38_143685_box7_Incident_Summaries_1-100
Agency: Department of War
Page 114
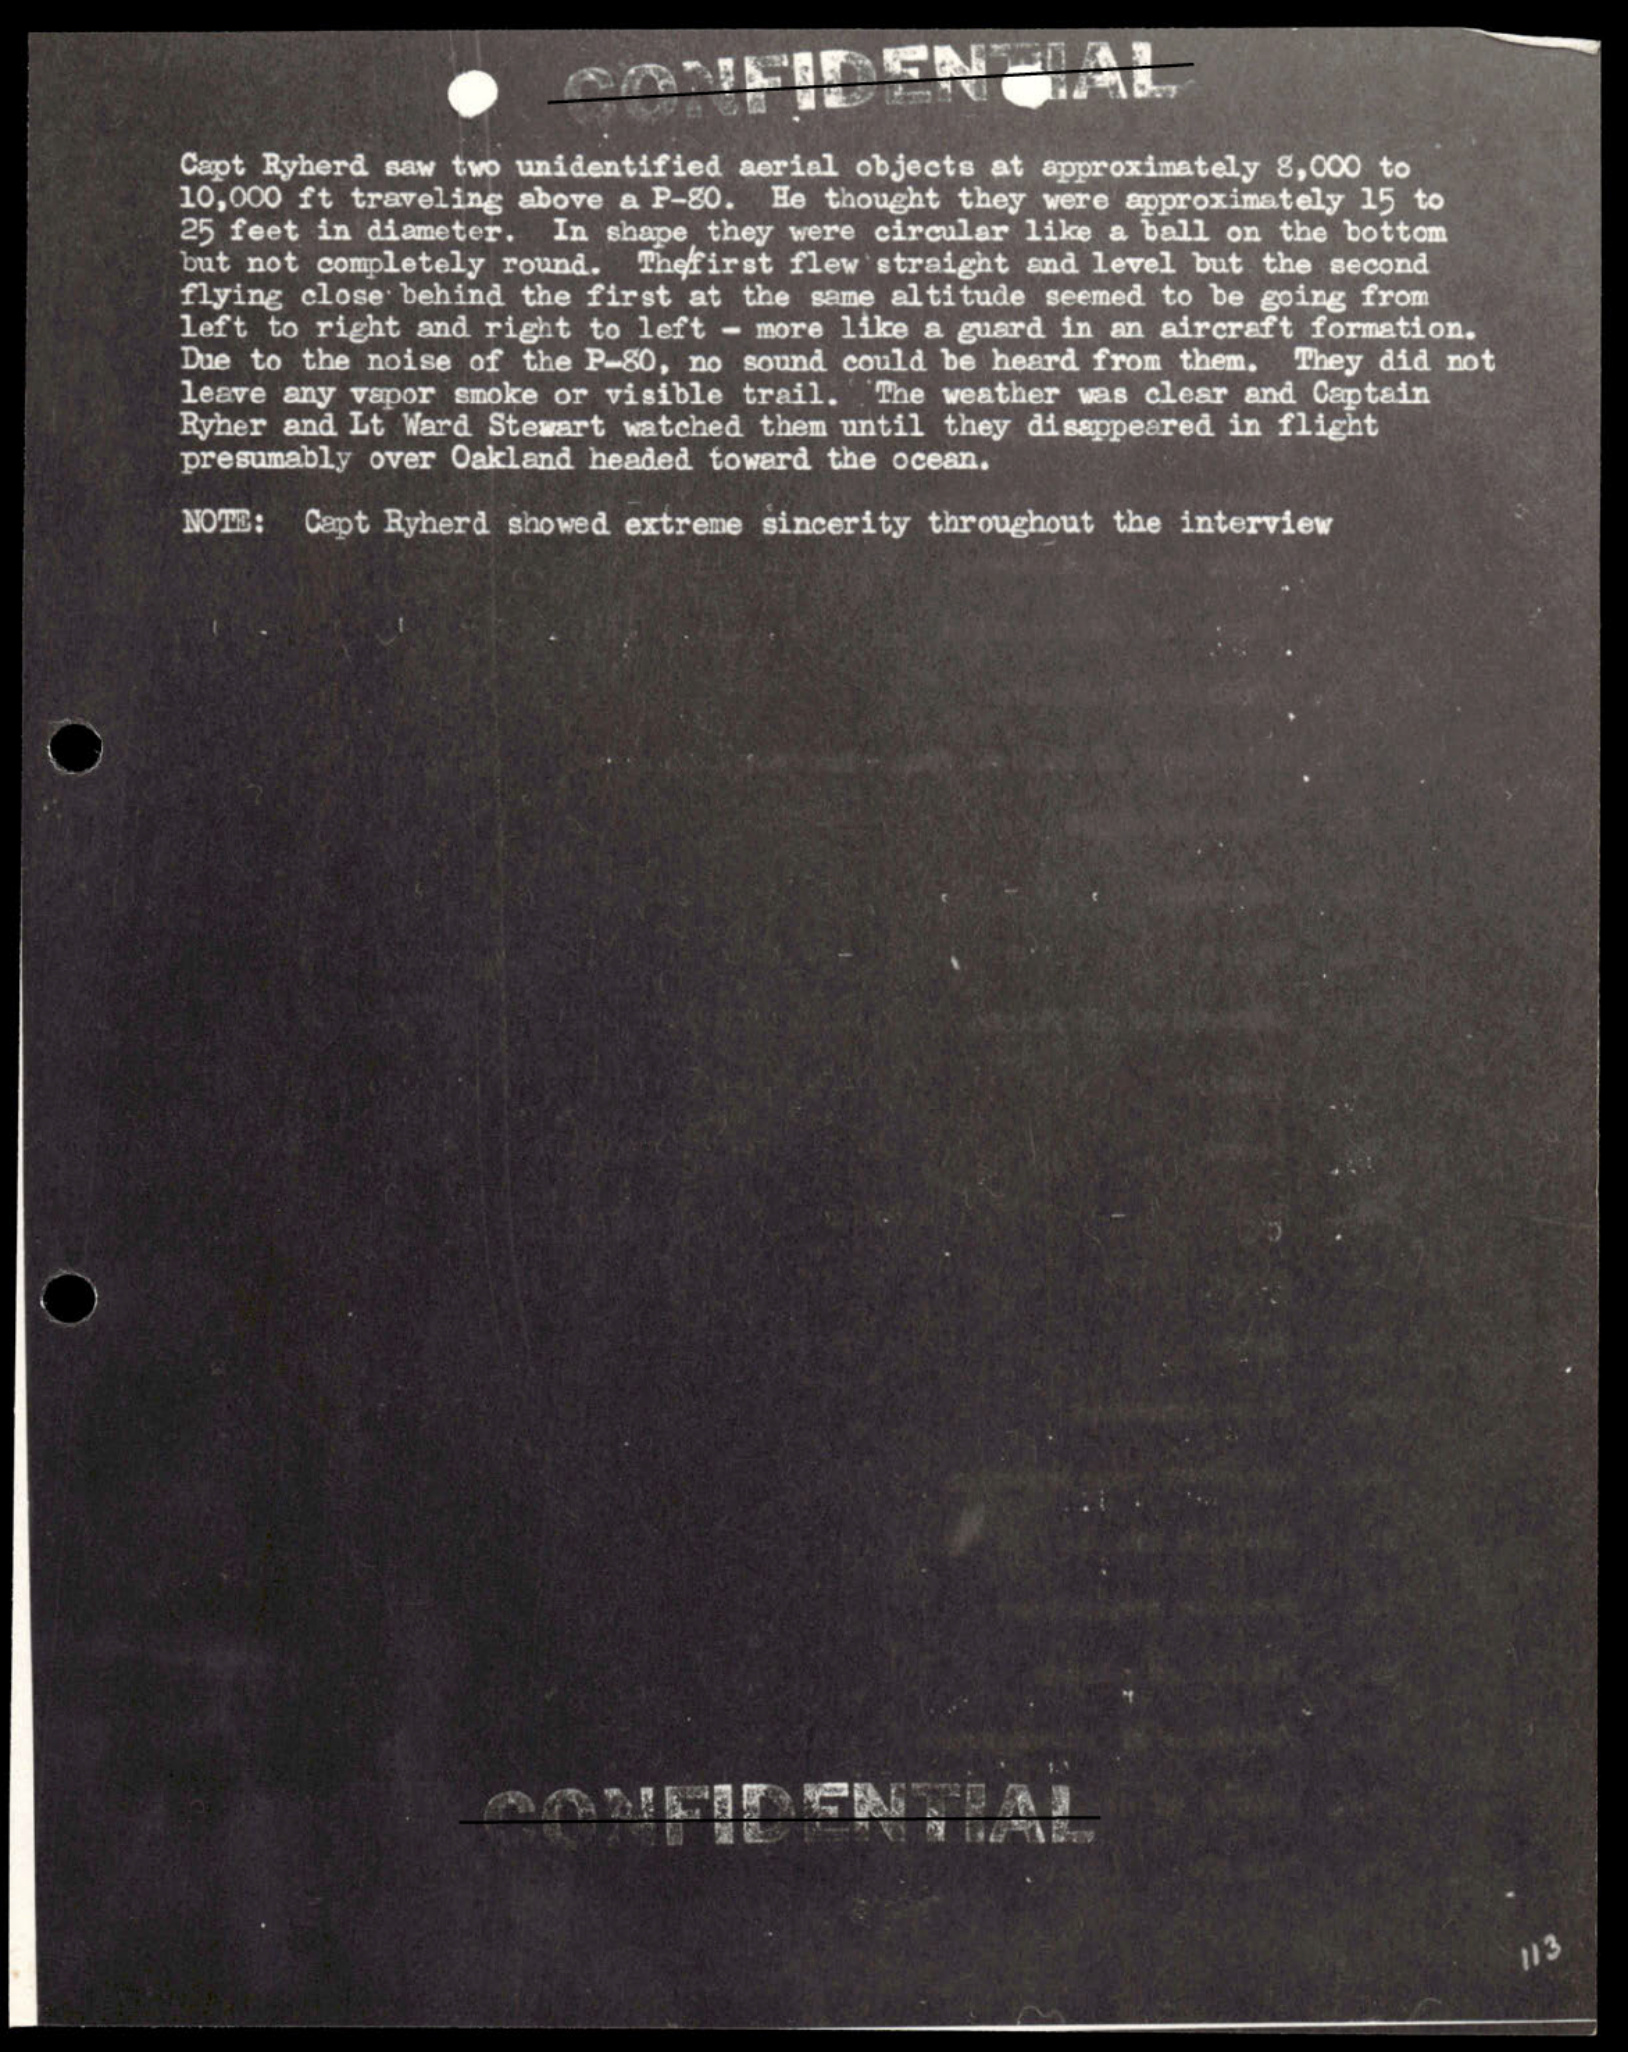